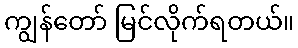
ကျွန်တော် မြင်လိုက်ရတယ်။